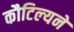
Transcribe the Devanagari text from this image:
कौटिल्‍यने